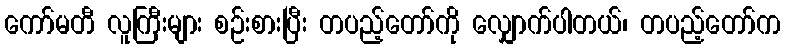
ကော်မတီ လူကြီးများ စဉ်းစားပြီး တပည့်တော်ကို လျှောက်ပါတယ်၊ တပည့်တော်က